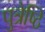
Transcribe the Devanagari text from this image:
पुत्रेष्ठि